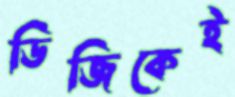
ডিজিকেই